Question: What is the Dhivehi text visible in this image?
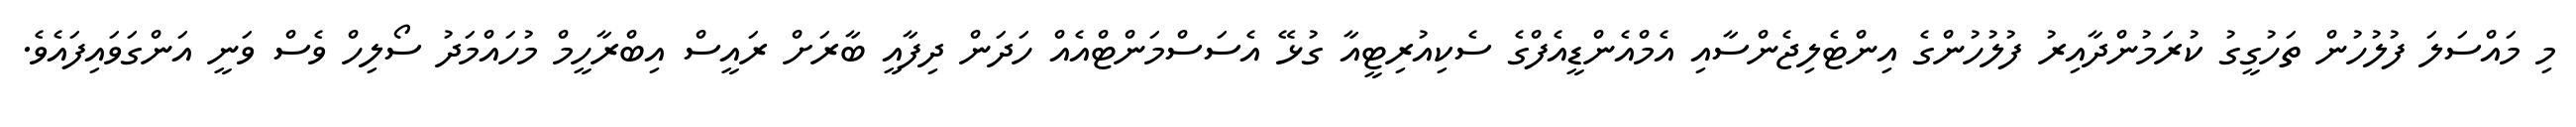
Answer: މި މައްސަލަ ފުލުހުން ތަހުގީގު ކުރަމުންދާއިރު ފުލުހުންގެ އިންޓެލިޖެންސާއި އެމްއެންޑީއެފްގެ ސެކިއުރިޓީއާ ގުޅޭ އެސަސްމަންޓްއެއް ހަދަން ދިފާއީ ބާރަށް ރައީސް އިބްރާހީމް މުހައްމަދު ސޯލިހް ވެސް ވަނީ އަންގަވައިފައެވެ.